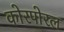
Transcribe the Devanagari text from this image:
कोरपोरल